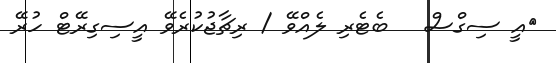
އީ ސިގްސް   ބެޓެރި ލެއްވޭ / ރިޗާޖުކުރެވޭ އީސިގިރޭޓް ހުރޭ